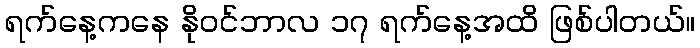
ရက်နေ့ကနေ နိုဝင်ဘာလ ၁၇ ရက်နေ့အထိ ဖြစ်ပါတယ်။